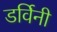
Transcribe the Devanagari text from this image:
डर्विनी